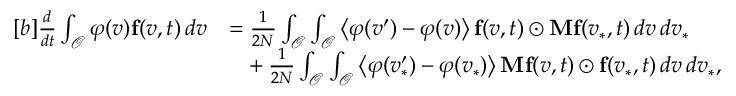
\begin{array} { r } { \begin{array} { r l } { [ b ] \frac { d } { d t } \int _ { \mathcal { O } } \varphi ( v ) \mathbf { f } ( v , t ) \, d v } & { = \frac { 1 } { 2 N } \int _ { \mathcal { O } } \int _ { \mathcal { O } } \left\langle \varphi ( v ^ { \prime } ) - \varphi ( v ) \right\rangle \mathbf { f } ( v , t ) \odot \mathbf { M } \mathbf { f } ( v _ { \ast } , t ) \, d v \, d v _ { \ast } } \\ & { \phantom { = } + \frac { 1 } { 2 N } \int _ { \mathcal { O } } \int _ { \mathcal { O } } \left\langle \varphi ( v _ { \ast } ^ { \prime } ) - \varphi ( v _ { \ast } ) \right\rangle \mathbf { M } \mathbf { f } ( v , t ) \odot \mathbf { f } ( v _ { \ast } , t ) \, d v \, d v _ { \ast } , } \end{array} } \end{array}